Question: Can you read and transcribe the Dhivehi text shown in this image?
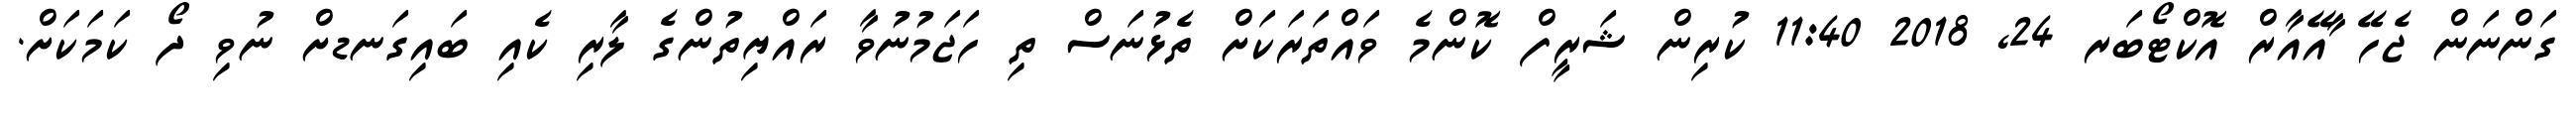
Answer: ގަންނަން ޖެހޭ ާއޭއާރް އޮކްޓޯބަރ 24, 2018 11:40 ކުރިން ޝަރީފް ކޮންމެ ވައްތަރަކަށް ތެޅުނަސް ތި ހަޖަމުނުވާ ރައްޔިތުންގެ ލާރި ކެއި ބައިގަނޑށް ނުވި ދޯ ކަމަކަށް.